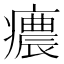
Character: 癑